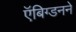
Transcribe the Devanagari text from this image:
ऍबिग्डनने